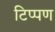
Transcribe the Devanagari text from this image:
टिप्‍पण